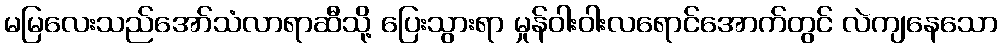
မမြလေးသည်အော်သံလာရာဆီသို့ ပြေးသွားရာ မှုန်ဝါးဝါးလရောင်အောက်တွင် လဲကျနေသော